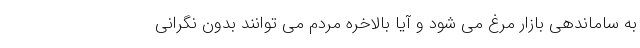
به ساماندهی بازار مرغ می شود و آیا بالاخره مردم می توانند بدون نگرانی